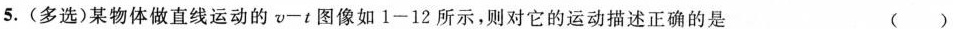
5.(多选)某物体做直线运动的$$v - t$$图像如1-12所示，则对它的运动描述正确的是 ( )